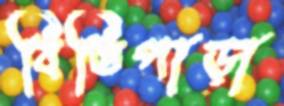
বিত্তিপাড়া